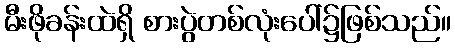
မီးဖိုခန်းထဲရှိ စားပွဲတစ်လုံးပေါ်၌ဖြစ်သည်။